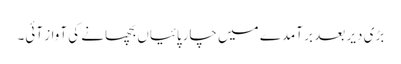
بڑی دیر بعد بر آمدے میں چارپائیاں بچھانے کی آواز آئی۔